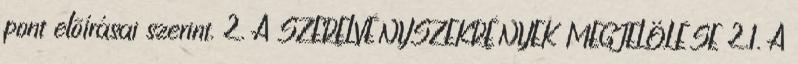
pont elõírásai szerint. 2. A SZERELVÉNYSZEKRÉNYEK MEGJELÖLÉSE 2.1. A